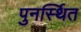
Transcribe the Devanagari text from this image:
पुनर्स्थित